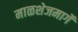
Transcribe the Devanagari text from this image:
माळशेजमार्गे